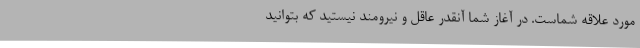
مورد علاقه شماست. در آغاز شما آنقدر عاقل و نیرومند نیستید که بتوانید